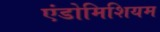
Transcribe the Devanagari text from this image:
एंडोमिशियम